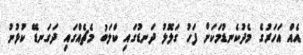
އެއް އަހަރުގެ މެދުކެނޑުމަކަށް ފަހު ގަލޮލު ދަނޑުގައި ކްލަބު މެޗެއްގައި ދަގަނޑޭ ކުޅުނު